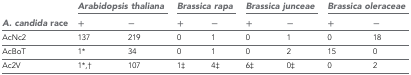
<table><thead><tr><td rowspan="2"><b><i>A. candida</i> race</b></td><td colspan="2"><b><i>Arabidopsis thaliana</i></b></td><td colspan="2"><b><i>Brassica rapa</i></b></td><td colspan="2"><b><i>Brassica junceae</i></b></td><td colspan="2"><b><i>Brassica oleraceae</i></b></td></tr><tr><td><b>+</b></td><td><b>−</b></td><td><b>+</b></td><td><b>−</b></td><td><b>+</b></td><td><b>−</b></td><td><b>+</b></td><td><b>−</b></td></tr></thead><tbody><tr><td>AcNc2</td><td>137</td><td>219</td><td>0</td><td>1</td><td>0</td><td>1</td><td>0</td><td>18</td></tr><tr><td>AcBoT</td><td>1*</td><td>34</td><td>0</td><td>1</td><td>0</td><td>2</td><td>15</td><td>0</td></tr><tr><td>Ac2V</td><td>1*,†</td><td>107</td><td>1‡</td><td>4‡</td><td>6‡</td><td>0‡</td><td>0</td><td>2</td></tr></tbody></table>